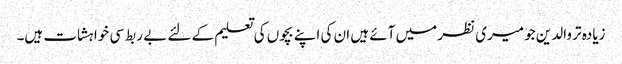
زیادہ تر والدین جو میری نظر میں آئے ہیں ان کی اپنے بچوں کی تعلیم کے لئے بے ربط سی خواہشات ہیں۔